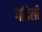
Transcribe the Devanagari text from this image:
गांदेली